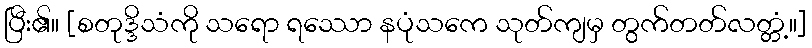
ပြီး၏။ [စတုဒ္ဒိသံကို သရော ရဿော နပုံသကေ သုတ်ကျမှ တွက်တတ်လတ္တံ့။]